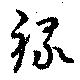
禄